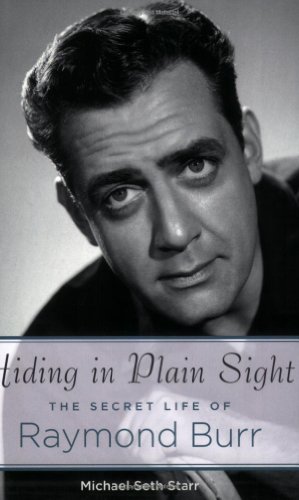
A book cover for Hiding in Plain Sight: The Secret Life of Raymond Burr; Michael Seth Starr; Literature & Fiction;